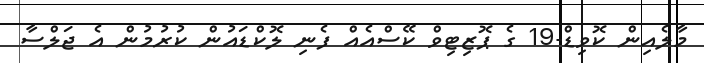
މާލެއިން ކޮވިޑް-19 ގެ ޕޮޒިޓިވް ކޭސްއެއް ފެނި ލޮކްޑައުން ކުރުމުން އެ ޖަލްސާ